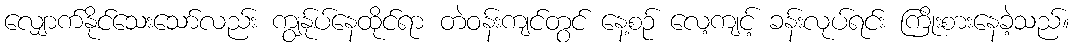
လျှောက်နိုင်သေးသော်လည်း ကျွန်ုပ်နေထိုင်ရာ တဲဝန်းကျင်တွင် နေ့စဉ် လေ့ကျင့် ခန်းလုပ်ရင်း ကြိုးစားနေခဲ့သည်။